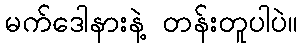
မက်ဒေါနားနဲ့ တန်းတူပါပဲ။